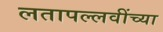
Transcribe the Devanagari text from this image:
लतापल्लवींच्या